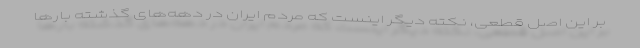
بر این اصل قطعی، نکته دیگر اینست که مردم ایران در دهه‌های گذشته بارها